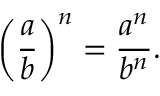
\left( { \frac { a } { b } } \right) ^ { n } = { \frac { a ^ { n } } { b ^ { n } } } .